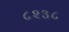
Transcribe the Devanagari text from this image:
८२३८